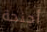
أجنحة